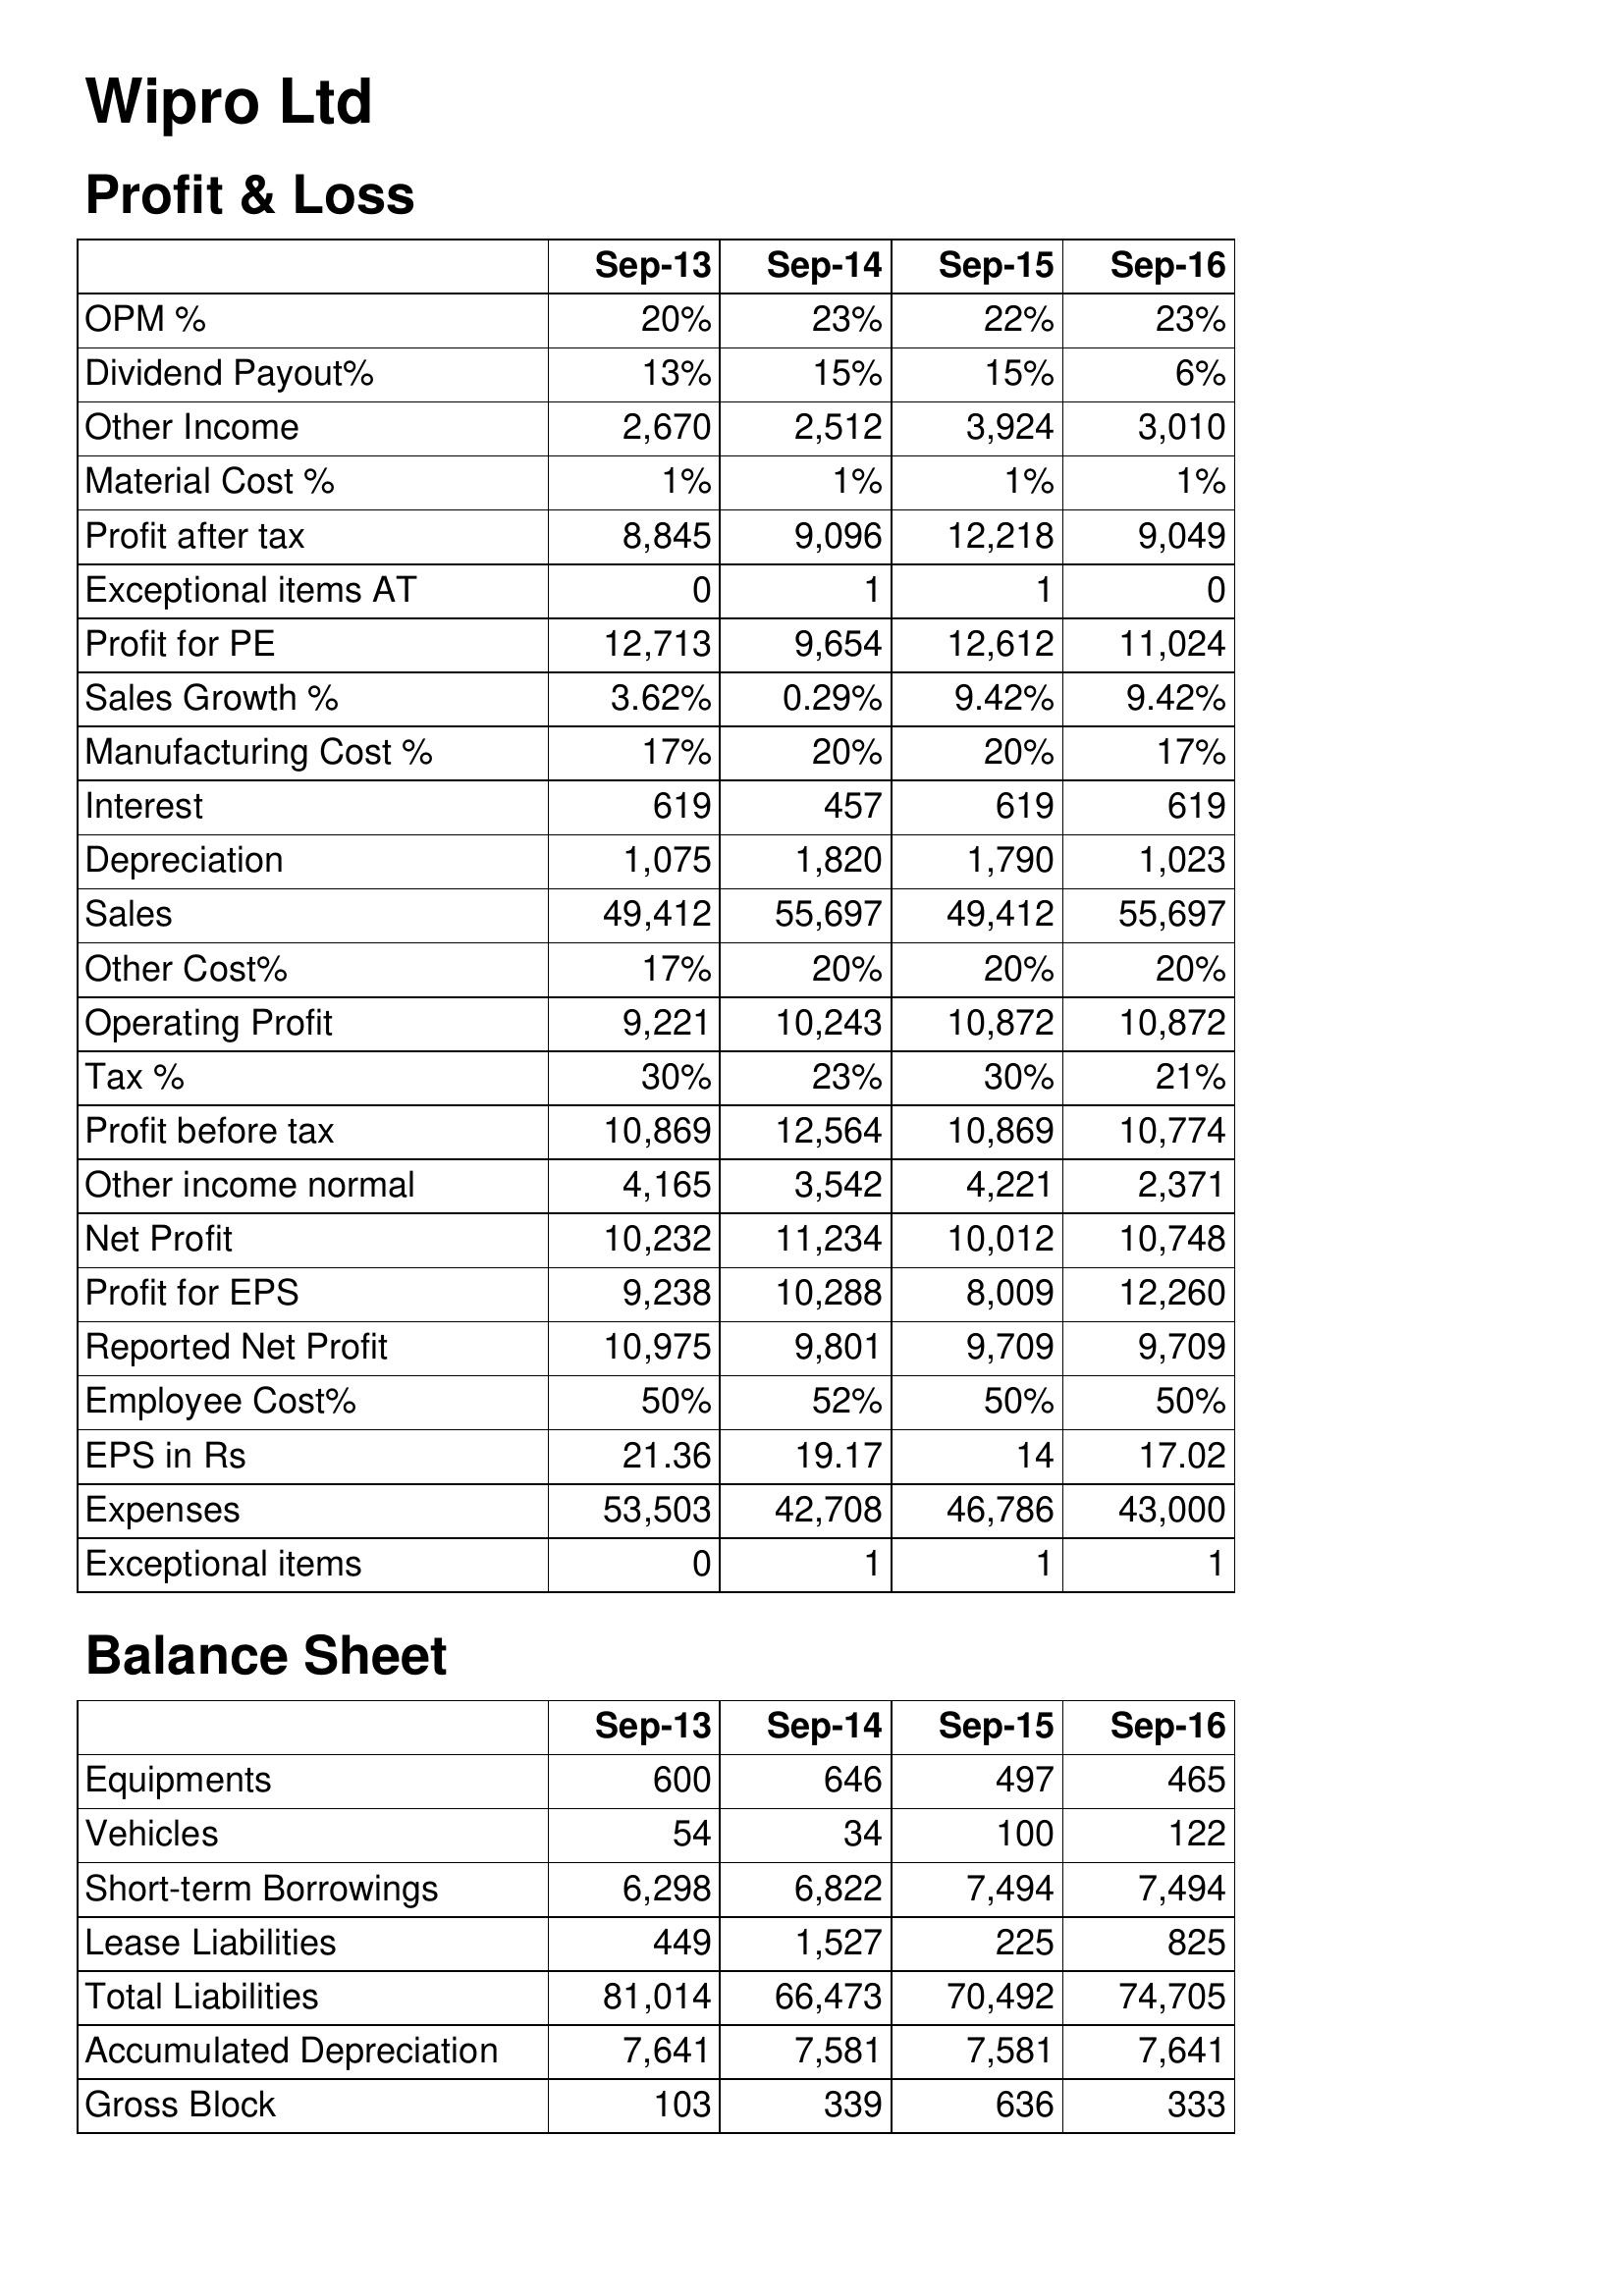
Sep-13: Profit & Loss: OPM %: 20%
Dividend Payout%: 13%
Other Income: 2,670
Material Cost %: 1%
Profit after tax: 8,845
Exceptional items AT: 0
Profit for PE: 12,713
Sales Growth %: 3.62%
Manufacturing Cost %: 17%
Interest: 619
Depreciation: 1,075
Sales: 49,412
Other Cost%: 17%
Operating Profit: 9,221
Tax %: 30%
Profit before tax: 10,869
Other income normal: 4,165
Net Profit: 10,232
Profit for EPS: 9,238
Reported Net Profit: 10,975
Employee Cost%: 50%
EPS in Rs: 21.36
Expenses: 53,503
Exceptional items: 0
Balance Sheet: Equipments: 600
Vehicles: 54
Short-term Borrowings: 6,298
Lease Liabilities: 449
Total Liabilities: 81,014
Accumulated Depreciation: 7,641
Gross Block: 103
Sep-14: Profit & Loss: OPM %: 23%
Dividend Payout%: 15%
Other Income: 2,512
Material Cost %: 1%
Profit after tax: 9,096
Exceptional items AT: 1
Profit for PE: 9,654
Sales Growth %: 0.29%
Manufacturing Cost %: 20%
Interest: 457
Depreciation: 1,820
Sales: 55,697
Other Cost%: 20%
Operating Profit: 10,243
Tax %: 23%
Profit before tax: 12,564
Other income normal: 3,542
Net Profit: 11,234
Profit for EPS: 10,288
Reported Net Profit: 9,801
Employee Cost%: 52%
EPS in Rs: 19.17
Expenses: 42,708
Exceptional items: 1
Balance Sheet: Equipments: 646
Vehicles: 34
Short-term Borrowings: 6,822
Lease Liabilities: 1,527
Total Liabilities: 66,473
Accumulated Depreciation: 7,581
Gross Block: 339
Sep-15: Profit & Loss: OPM %: 22%
Dividend Payout%: 15%
Other Income: 3,924
Material Cost %: 1%
Profit after tax: 12,218
Exceptional items AT: 1
Profit for PE: 12,612
Sales Growth %: 9.42%
Manufacturing Cost %: 20%
Interest: 619
Depreciation: 1,790
Sales: 49,412
Other Cost%: 20%
Operating Profit: 10,872
Tax %: 30%
Profit before tax: 10,869
Other income normal: 4,221
Net Profit: 10,012
Profit for EPS: 8,009
Reported Net Profit: 9,709
Employee Cost%: 50%
EPS in Rs: 14
Expenses: 46,786
Exceptional items: 1
Balance Sheet: Equipments: 497
Vehicles: 100
Short-term Borrowings: 7,494
Lease Liabilities: 225
Total Liabilities: 70,492
Accumulated Depreciation: 7,581
Gross Block: 636
Sep-16: Profit & Loss: OPM %: 23%
Dividend Payout%: 6%
Other Income: 3,010
Material Cost %: 1%
Profit after tax: 9,049
Exceptional items AT: 0
Profit for PE: 11,024
Sales Growth %: 9.42%
Manufacturing Cost %: 17%
Interest: 619
Depreciation: 1,023
Sales: 55,697
Other Cost%: 20%
Operating Profit: 10,872
Tax %: 21%
Profit before tax: 10,774
Other income normal: 2,371
Net Profit: 10,748
Profit for EPS: 12,260
Reported Net Profit: 9,709
Employee Cost%: 50%
EPS in Rs: 17.02
Expenses: 43,000
Exceptional items: 1
Balance Sheet: Equipments: 465
Vehicles: 122
Short-term Borrowings: 7,494
Lease Liabilities: 825
Total Liabilities: 74,705
Accumulated Depreciation: 7,641
Gross Block: 333